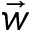
\vec { w }